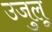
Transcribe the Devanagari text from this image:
उजुलू